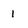
Character: 1